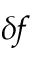
\delta \! f